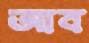
আব